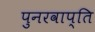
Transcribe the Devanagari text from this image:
पुनरवाप्ति